Reports on military cantonments and civil stations in the Presidency of Bombay inspected by the Sanitary Commissioner in the years 1875 and 1876
Year: 1875
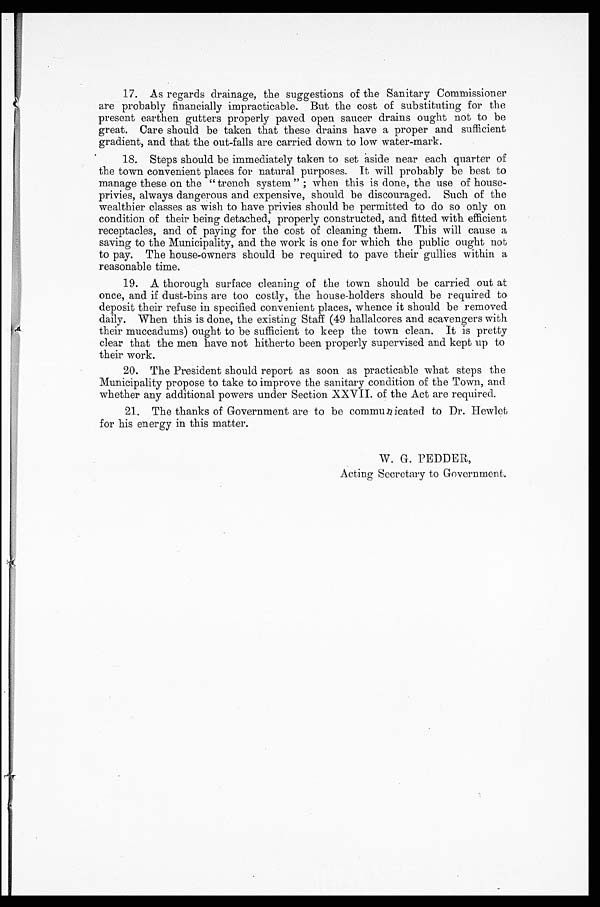
17. As regards drainage, the suggestions of the Sanitary Commissioner
are probably financially impracticable. But the cost of substituting for the
present earthen gutters properly paved open saucer drains ought not to be
great. Care should be taken that these drains have a proper and sufficient
gradient, and that the out-falls are carried down to low water-mark.
18. Steps should be immediately taken to set aside near each quarter of
the town convenient places for natural purposes. It will probably be best to
manage these on the "trench system"; when this is done, the use of house-
privies, always dangerous and expensive, should be discouraged. Such of the
wealthier classes as wish to have privies should be permitted to do so only on
condition of their being detached, properly constructed, and fitted with efficient
receptacles, and of paying for the cost of cleaning them. This will cause a
saving to the Municipality, and the work is one for which the public ought not
to pay. The house-owners should be required to pave their gullies within a
reasonable time.
19. A thorough surface cleaning of the town should be carried out at
once, and if dust-bins are too costly, the house-holders should be required to
deposit their refuse in specified convenient places, whence it should be removed
daily. When this is done, the existing Staff (49 hallalcores and scavengers with
their muccadums) ought to be sufficient to keep the town clean. It is pretty
clear that the men have not hitherto been properly supervised and kept up to
their work.
20. The President should report as soon as practicable what steps the
Municipality propose to take to improve the sanitary condition of the Town, and
whether any additional powers under Section XXVII. of the Act are required.
21. The thanks of Government are to be communicated to Dr. Hewlet
for his energy in this matter.
W. G. PEDDER,
Acting Secretary to Government.